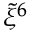
\tilde { \xi } ^ { 6 }